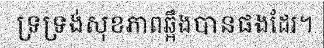
ទ្រទ្រង់សុខភាពឆ្អឹងបានផងដែរ។